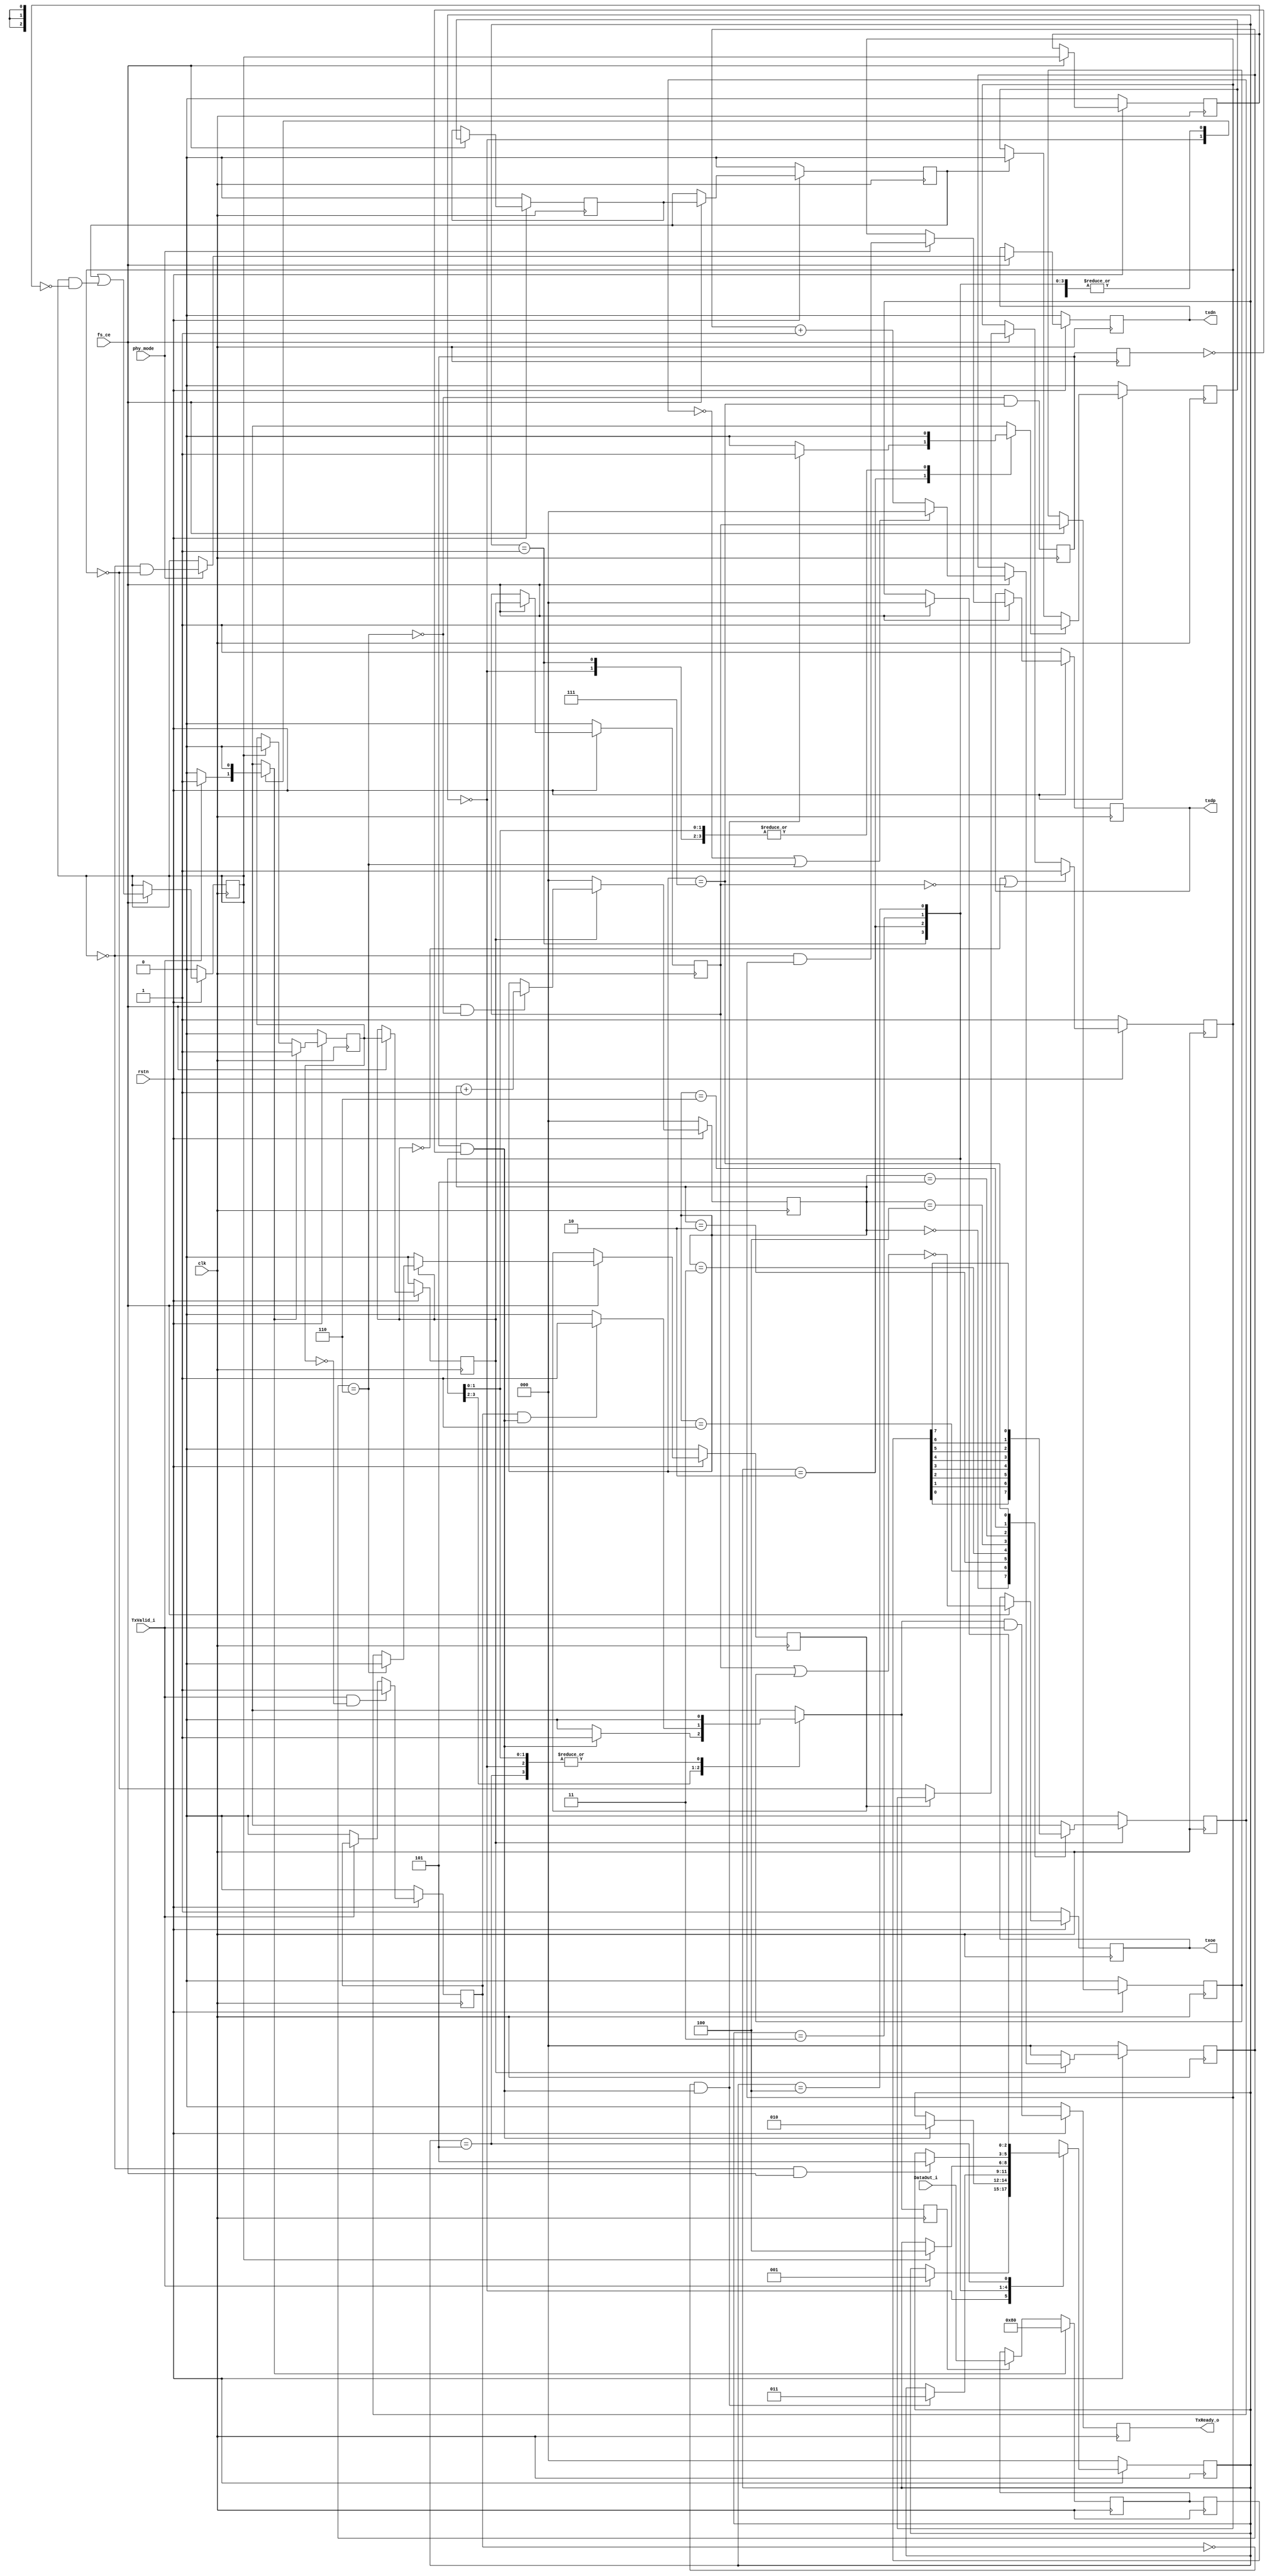
/////////////////////////////////////////////////////////////////////
////                                                             ////
////  USB 1.1 PHY                                                ////
////  TX                                                         ////
////                                                             ////
////                                                             ////
////          rudi@asics.ws                                      ////
////                                                             ////
////                                                             ////
////  Downloaded from: http://www.opencores.org/cores/usb_phy/   ////
////                                                             ////
/////////////////////////////////////////////////////////////////////
////                                                             ////
//// Copyright (C) 2000-2002 Rudolf Usselmann                    ////
////                         www.asics.ws                        ////
////                         rudi@asics.ws                       ////
////                                                             ////
//// This source file may be used and distributed without        ////
//// restriction provided that this copyright statement is not   ////
//// removed from the file and that any derivative work contains ////
//// the original copyright notice and the associated disclaimer.////
////                                                             ////
////     THIS SOFTWARE IS PROVIDED ``AS IS'' AND WITHOUT ANY     ////
//// EXPRESS OR IMPLIED WARRANTIES, INCLUDING, BUT NOT LIMITED   ////
//// TO, THE IMPLIED WARRANTIES OF MERCHANTABILITY AND FITNESS   ////
//// FOR A PARTICULAR PURPOSE. IN NO EVENT SHALL THE AUTHOR      ////
//// OR CONTRIBUTORS BE LIABLE FOR ANY DIRECT, INDIRECT,         ////
//// INCIDENTAL, SPECIAL, EXEMPLARY, OR CONSEQUENTIAL DAMAGES    ////
//// (INCLUDING, BUT NOT LIMITED TO, PROCUREMENT OF SUBSTITUTE   ////
//// GOODS OR SERVICES; LOSS OF USE, DATA, OR PROFITS; OR        ////
//// BUSINESS INTERRUPTION) HOWEVER CAUSED AND ON ANY THEORY OF  ////
//// LIABILITY, WHETHER IN  CONTRACT, STRICT LIABILITY, OR TORT  ////
//// (INCLUDING NEGLIGENCE OR OTHERWISE) ARISING IN ANY WAY OUT  ////
//// OF THE USE OF THIS SOFTWARE, EVEN IF ADVISED OF THE         ////
//// POSSIBILITY OF SUCH DAMAGE.                                 ////
////                                                             ////
/////////////////////////////////////////////////////////////////////

//  CVS Log
//
//  $Id: usb_tx_phy.v,v 1.4 2004-10-19 09:29:07 rudi Exp $
//
//  $Date: 2004-10-19 09:29:07 $
//  $Revision: 1.4 $
//  $Author: rudi $
//  $Locker:  $
//  $State: Exp $
//
// Change History:
//               $Log: not supported by cvs2svn $
//               Revision 1.3  2003/10/21 05:58:41  rudi
//               usb_rst is no longer or'ed with the incomming reset internally.
//               Now usb_rst is simply an output, the application can decide how
//               to utilize it.
//
//               Revision 1.2  2003/10/19 17:40:13  rudi
//               - Made core more robust against line noise
//               - Added Error Checking and Reporting
//               (See README.txt for more info)
//
//               Revision 1.1.1.1  2002/09/16 14:27:02  rudi
//               Created Directory Structure
//
//
//
//
//
//
//


module usb1d_tx_phy(
		clk, rstn, fs_ce, phy_mode,
	
		// Transciever Interface
		txdp, txdn, txoe,	

		// UTMI Interface
		DataOut_i, TxValid_i, TxReady_o
		);

input		clk;
input		rstn;
input		fs_ce;
input		phy_mode;
output		txdp, txdn, txoe;
input	[7:0]	DataOut_i;
input		TxValid_i;
output		TxReady_o;

///////////////////////////////////////////////////////////////////
//
// Local Wires and Registers
//

parameter	IDLE	= 3'd0,
		SOP	= 3'h1,
		DATA	= 3'h2,
		EOP1	= 3'h3,
		EOP2	= 3'h4,
		WAIT	= 3'h5;

reg		TxReady_o;
reg	[2:0]	state, next_state;
reg		tx_ready_d;
reg		ld_sop_d;
reg		ld_data_d;
reg		ld_eop_d;
reg		tx_ip;
reg		tx_ip_sync;
reg	[2:0]	bit_cnt;
reg	[7:0]	hold_reg;
reg	[7:0]	hold_reg_d;

reg		sd_raw_o;
wire		hold;
reg		data_done;
reg		sft_done;
reg		sft_done_r;
wire		sft_done_e;
reg		ld_data;
wire		eop_done;
reg	[2:0]	one_cnt;
wire		stuff;
reg		sd_bs_o;
reg		sd_nrzi_o;
reg		append_eop;
reg		append_eop_sync1;
reg		append_eop_sync2;
reg		append_eop_sync3;
reg		append_eop_sync4;
reg		txdp, txdn;
reg		txoe_r1, txoe_r2;
reg		txoe;

///////////////////////////////////////////////////////////////////
//
// Misc Logic
//

`ifdef USB_ASYNC_REST
always @(posedge clk or negedge rstn)
`else
always @(posedge clk)
`endif
	if(!rstn)	TxReady_o <= 1'b0;
	else		TxReady_o <= tx_ready_d & TxValid_i;

always @(posedge clk) ld_data <= ld_data_d;

///////////////////////////////////////////////////////////////////
//
// Transmit in progress indicator
//

`ifdef USB_ASYNC_REST
always @(posedge clk or negedge rstn)
`else
always @(posedge clk)
`endif
	if(!rstn)	tx_ip <= 1'b0;
	else
	if(ld_sop_d)	tx_ip <= 1'b1;
	else
	if(eop_done)	tx_ip <= 1'b0;

`ifdef USB_ASYNC_REST
always @(posedge clk or negedge rstn)
`else
always @(posedge clk)
`endif
	if(!rstn)		tx_ip_sync <= 1'b0;
	else
	if(fs_ce)		tx_ip_sync <= tx_ip;

// data_done helps us to catch cases where TxValid drops due to
// packet end and then gets re-asserted as a new packet starts.
// We might not see this because we are still transmitting.
// data_done should solve those cases ...
`ifdef USB_ASYNC_REST
always @(posedge clk or negedge rstn)
`else
always @(posedge clk)
`endif
	if(!rstn)			data_done <= 1'b0;
	else
	if(TxValid_i && ! tx_ip)	data_done <= 1'b1;
	else
	if(!TxValid_i)			data_done <= 1'b0;

///////////////////////////////////////////////////////////////////
//
// Shift Register
//

`ifdef USB_ASYNC_REST
always @(posedge clk or negedge rstn)
`else
always @(posedge clk)
`endif
	if(!rstn)		bit_cnt <= 3'h0;
	else
	if(!tx_ip_sync)		bit_cnt <= 3'h0;
	else
	if(fs_ce && !hold)	bit_cnt <= bit_cnt + 3'h1;

assign hold = stuff;

always @(posedge clk)
	if(!tx_ip_sync)		sd_raw_o <= 1'b0;
	else
	case(bit_cnt)	// synopsys full_case parallel_case
	   3'h0: sd_raw_o <= hold_reg_d[0];
	   3'h1: sd_raw_o <= hold_reg_d[1];
	   3'h2: sd_raw_o <= hold_reg_d[2];
	   3'h3: sd_raw_o <= hold_reg_d[3];
	   3'h4: sd_raw_o <= hold_reg_d[4];
	   3'h5: sd_raw_o <= hold_reg_d[5];
	   3'h6: sd_raw_o <= hold_reg_d[6];
	   3'h7: sd_raw_o <= hold_reg_d[7];
	endcase

always @(posedge clk)
	sft_done <= !hold & (bit_cnt == 3'h7);

always @(posedge clk)
	sft_done_r <= sft_done;

assign sft_done_e = sft_done & !sft_done_r;

// Out Data Hold Register
always @(posedge clk)
	if(ld_sop_d)	hold_reg <= 8'h80;
	else
	if(ld_data)	hold_reg <= DataOut_i;

always @(posedge clk) hold_reg_d <= hold_reg;

///////////////////////////////////////////////////////////////////
//
// Bit Stuffer
//

`ifdef USB_ASYNC_REST
always @(posedge clk or negedge rstn)
`else
always @(posedge clk)
`endif
	if(!rstn)	one_cnt <= 3'h0;
	else
	if(!tx_ip_sync)	one_cnt <= 3'h0;
	else
	if(fs_ce)
	   begin
		if(!sd_raw_o || stuff)	one_cnt <= 3'h0;
		else			one_cnt <= one_cnt + 3'h1;
	   end

assign stuff = (one_cnt==3'h6);

`ifdef USB_ASYNC_REST
always @(posedge clk or negedge rstn)
`else
always @(posedge clk)
`endif
	if(!rstn)	sd_bs_o <= 1'h0;
	else
	if(fs_ce)	sd_bs_o <= !tx_ip_sync ? 1'b0 : (stuff ? 1'b0 : sd_raw_o);

///////////////////////////////////////////////////////////////////
//
// NRZI Encoder
//

`ifdef USB_ASYNC_REST
always @(posedge clk or negedge rstn)
`else
always @(posedge clk)
`endif
	if(!rstn)			sd_nrzi_o <= 1'b1;
	else
	if(!tx_ip_sync || !txoe_r1)	sd_nrzi_o <= 1'b1;
	else
	if(fs_ce)			sd_nrzi_o <= sd_bs_o ? sd_nrzi_o : ~sd_nrzi_o;

///////////////////////////////////////////////////////////////////
//
// EOP append logic
//

`ifdef USB_ASYNC_REST
always @(posedge clk or negedge rstn)
`else
always @(posedge clk)
`endif
	if(!rstn)		append_eop <= 1'b0;
	else
	if(ld_eop_d)		append_eop <= 1'b1;
	else
	if(append_eop_sync2)	append_eop <= 1'b0;

`ifdef USB_ASYNC_REST
always @(posedge clk or negedge rstn)
`else
always @(posedge clk)
`endif
	if(!rstn)	append_eop_sync1 <= 1'b0;
	else
	if(fs_ce)	append_eop_sync1 <= append_eop;

`ifdef USB_ASYNC_REST
always @(posedge clk or negedge rstn)
`else
always @(posedge clk)
`endif
	if(!rstn)	append_eop_sync2 <= 1'b0;
	else
	if(fs_ce)	append_eop_sync2 <= append_eop_sync1;

`ifdef USB_ASYNC_REST
always @(posedge clk or negedge rstn)
`else
always @(posedge clk)
`endif
	if(!rstn)	append_eop_sync3 <= 1'b0;
	else
	if(fs_ce)	append_eop_sync3 <= append_eop_sync2 |
			(append_eop_sync3 & !append_eop_sync4);	// Make sure always 2 bit wide

`ifdef USB_ASYNC_REST
always @(posedge clk or negedge rstn)
`else
always @(posedge clk)
`endif
	if(!rstn)	append_eop_sync4 <= 1'b0;
	else
	if(fs_ce)	append_eop_sync4 <= append_eop_sync3;

assign eop_done = append_eop_sync3;

///////////////////////////////////////////////////////////////////
//
// Output Enable Logic
//

`ifdef USB_ASYNC_REST
always @(posedge clk or negedge rstn)
`else
always @(posedge clk)
`endif
	if(!rstn)	txoe_r1 <= 1'b0;
	else
	if(fs_ce)	txoe_r1 <= tx_ip_sync;

`ifdef USB_ASYNC_REST
always @(posedge clk or negedge rstn)
`else
always @(posedge clk)
`endif
	if(!rstn)	txoe_r2 <= 1'b0;
	else
	if(fs_ce)	txoe_r2 <= txoe_r1;

`ifdef USB_ASYNC_REST
always @(posedge clk or negedge rstn)
`else
always @(posedge clk)
`endif
	if(!rstn)	txoe <= 1'b1;
	else
	if(fs_ce)	txoe <= !(txoe_r1 | txoe_r2);

///////////////////////////////////////////////////////////////////
//
// Output Registers
//

`ifdef USB_ASYNC_REST
always @(posedge clk or negedge rstn)
`else
always @(posedge clk)
`endif
	if(!rstn)	txdp <= 1'b1;
	else
	if(fs_ce)	txdp <= phy_mode ?
					(!append_eop_sync3 &  sd_nrzi_o) :
					sd_nrzi_o;

`ifdef USB_ASYNC_REST
always @(posedge clk or negedge rstn)
`else
always @(posedge clk)
`endif
	if(!rstn)	txdn <= 1'b0;
	else
	if(fs_ce)	txdn <= phy_mode ?
					(!append_eop_sync3 & ~sd_nrzi_o) :
					append_eop_sync3;

///////////////////////////////////////////////////////////////////
//
// Tx Statemashine
//

`ifdef USB_ASYNC_REST
always @(posedge clk or negedge rstn)
`else
always @(posedge clk)
`endif
	if(!rstn)	state <= IDLE;
	else		state <= next_state;

always @(state or TxValid_i or data_done or sft_done_e or eop_done or fs_ce)
   begin
	next_state = state;
	tx_ready_d = 1'b0;

	ld_sop_d = 1'b0;
	ld_data_d = 1'b0;
	ld_eop_d = 1'b0;

	case(state)	// synopsys full_case parallel_case
	   IDLE:
			if(TxValid_i)
			   begin
				ld_sop_d = 1'b1;
				next_state = SOP;
			   end
	   SOP:
			if(sft_done_e)
			   begin
				tx_ready_d = 1'b1;
				ld_data_d = 1'b1;
				next_state = DATA;
			   end
	   DATA:
		   begin
			if(!data_done && sft_done_e)
			   begin
				ld_eop_d = 1'b1;
				next_state = EOP1;
			   end
			
			if(data_done && sft_done_e)
			   begin
				tx_ready_d = 1'b1;
				ld_data_d = 1'b1;
			   end
		   end
	   EOP1:
			if(eop_done)		next_state = EOP2;
	   EOP2:
			if(!eop_done && fs_ce)	next_state = WAIT;
	   WAIT:
			if(fs_ce)		next_state = IDLE;
	endcase
   end

endmodule